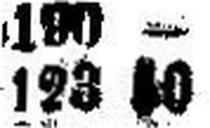
123 50